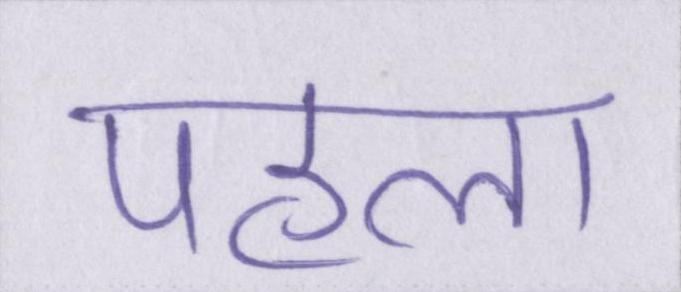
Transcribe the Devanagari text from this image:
पहला